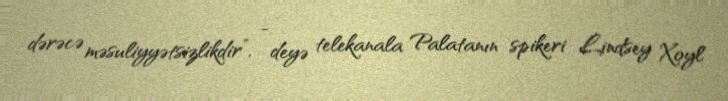
dərəcə məsuliyyətsizlikdir”, - deyə telekanala Palatanın spikeri Lindsey Xoyl